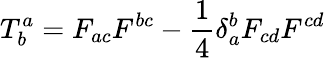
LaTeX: T_{b}^{a}=F_{ac}F^{bc}-\frac{1}{4}\delta_{a}^{b}F_{cd}F^{cd}